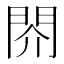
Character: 䦏